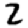
Digit: 2